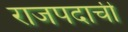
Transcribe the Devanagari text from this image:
राजपदाची